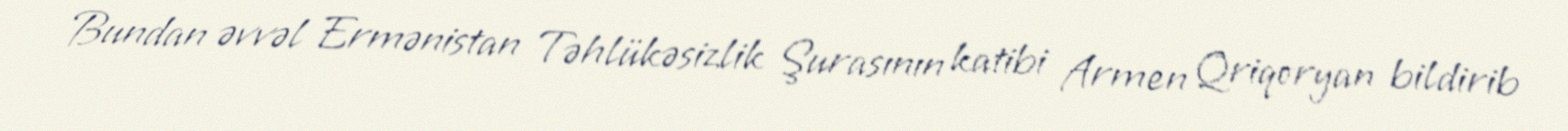
Bundan əvvəl Ermənistan Təhlükəsizlik Şurasının katibi Armen Qriqoryan bildirib